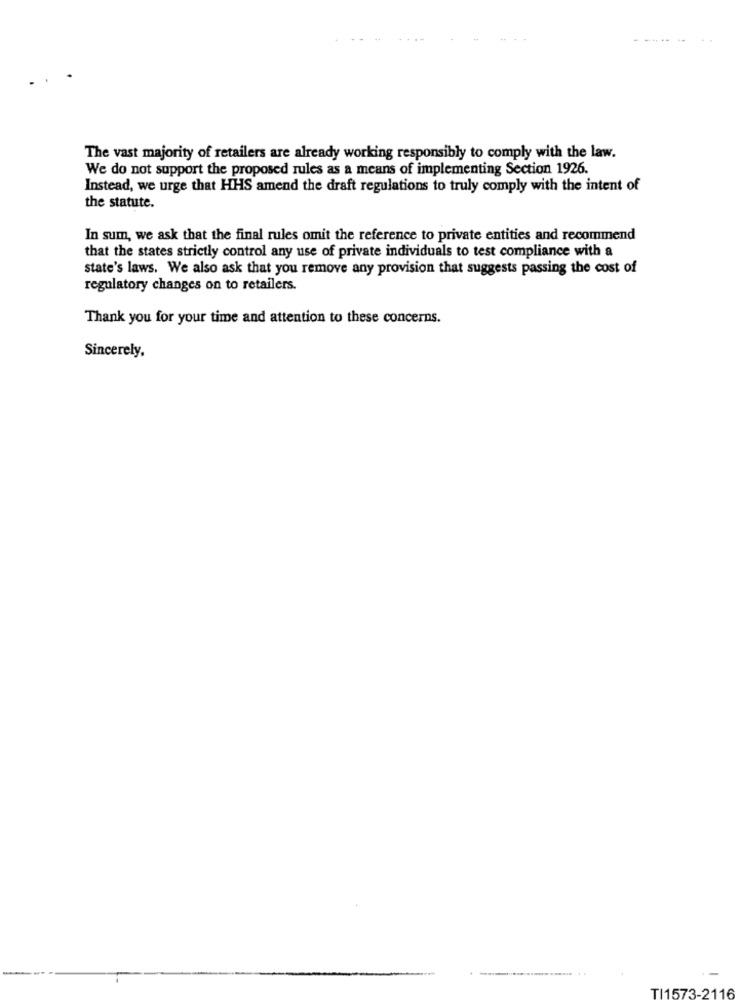
----
The vast majority of retailers are already working responsibly to comply with the law.
We do not support the proposed rules as a means of implementing Section 1926.
Instead, we urge that HHS amend the draft regulations to truly comply with the intent of
the statute.
In sum, we ask that the final rules omit the reference to private entities and recommend
that the states strictly control any use of private individuals to test compliance with a
state's laws. We also ask that you remove any provision that suggests passing the cost of
regulatory changes on to retailers.
Thank you for your time and attention to these concerns.
Sincerely,
TI1573-2116